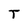
Character: T